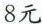
8元